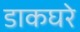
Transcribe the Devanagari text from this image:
डाकघरे